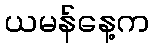
ယမန်နေ့က